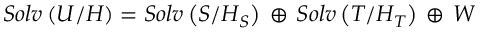
S o l v \left( { \cal U } / { \cal H } \right) = S o l v \left( { S } / { \cal H } _ { S } \right) \, \oplus \, S o l v \left( { T } / { \cal H } _ { T } \right) \, \oplus \, { \cal W }